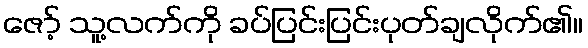
ဇော့် သူ့လက်ကို ခပ်ပြင်းပြင်းပုတ်ချလိုက်၏။